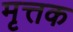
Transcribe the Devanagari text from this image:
मृत्तक